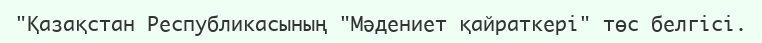
"Қазақстан Республикасының "Мәдениет қайраткері" төс белгісі.